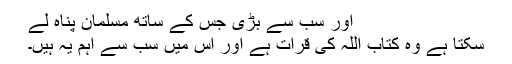
اور سب سے بڑی جس کے ساتھ مسلمان پناہ لے
سکتا ہے وہ کتاب اللہ کی قرات ہے اور اس میں سب سے اہم یہ ہیں۔